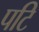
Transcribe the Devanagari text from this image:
पटि